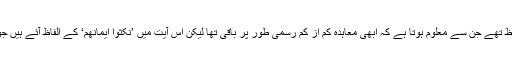
اوپر والی آیت میں تو ’وَاِنْ نَّکَثُوْا‘ کے الفاظ تھے جن سے معلوم ہوتا ہے کہ ابھی معاہدہ کم از کم رسمی طور پر باقی تھا لیکن اس آیت میں ’نَّکَثُوْا اَیْمَانَھُمْ‘ کے الفاظ آئے ہیں جو بتاتے ہیں کہ انھوں نے معاہدہ توڑ دیا۔